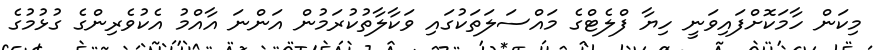
މިކަން ހާމަކޮށްފައިވަނީ ހިޔާ ފްލެޓްގެ މައްސަލަތަކުގައި ވަކާލާތުކުރަމުން އަންނަ އާއްމު އެކުވެރިންގެ ގުޅުމުގެ